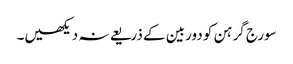
سورج گرہن کو دوربین کے ذریعے نہ دیکھیں۔